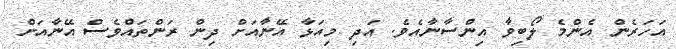
އަހަރެން އެންމެ ލޯބިވާ އިންސާނާއެވެ. އަދި މިއަޅާ އޭނާއަށް ދިން ރަންތައްވެސް އޭނާއަށް